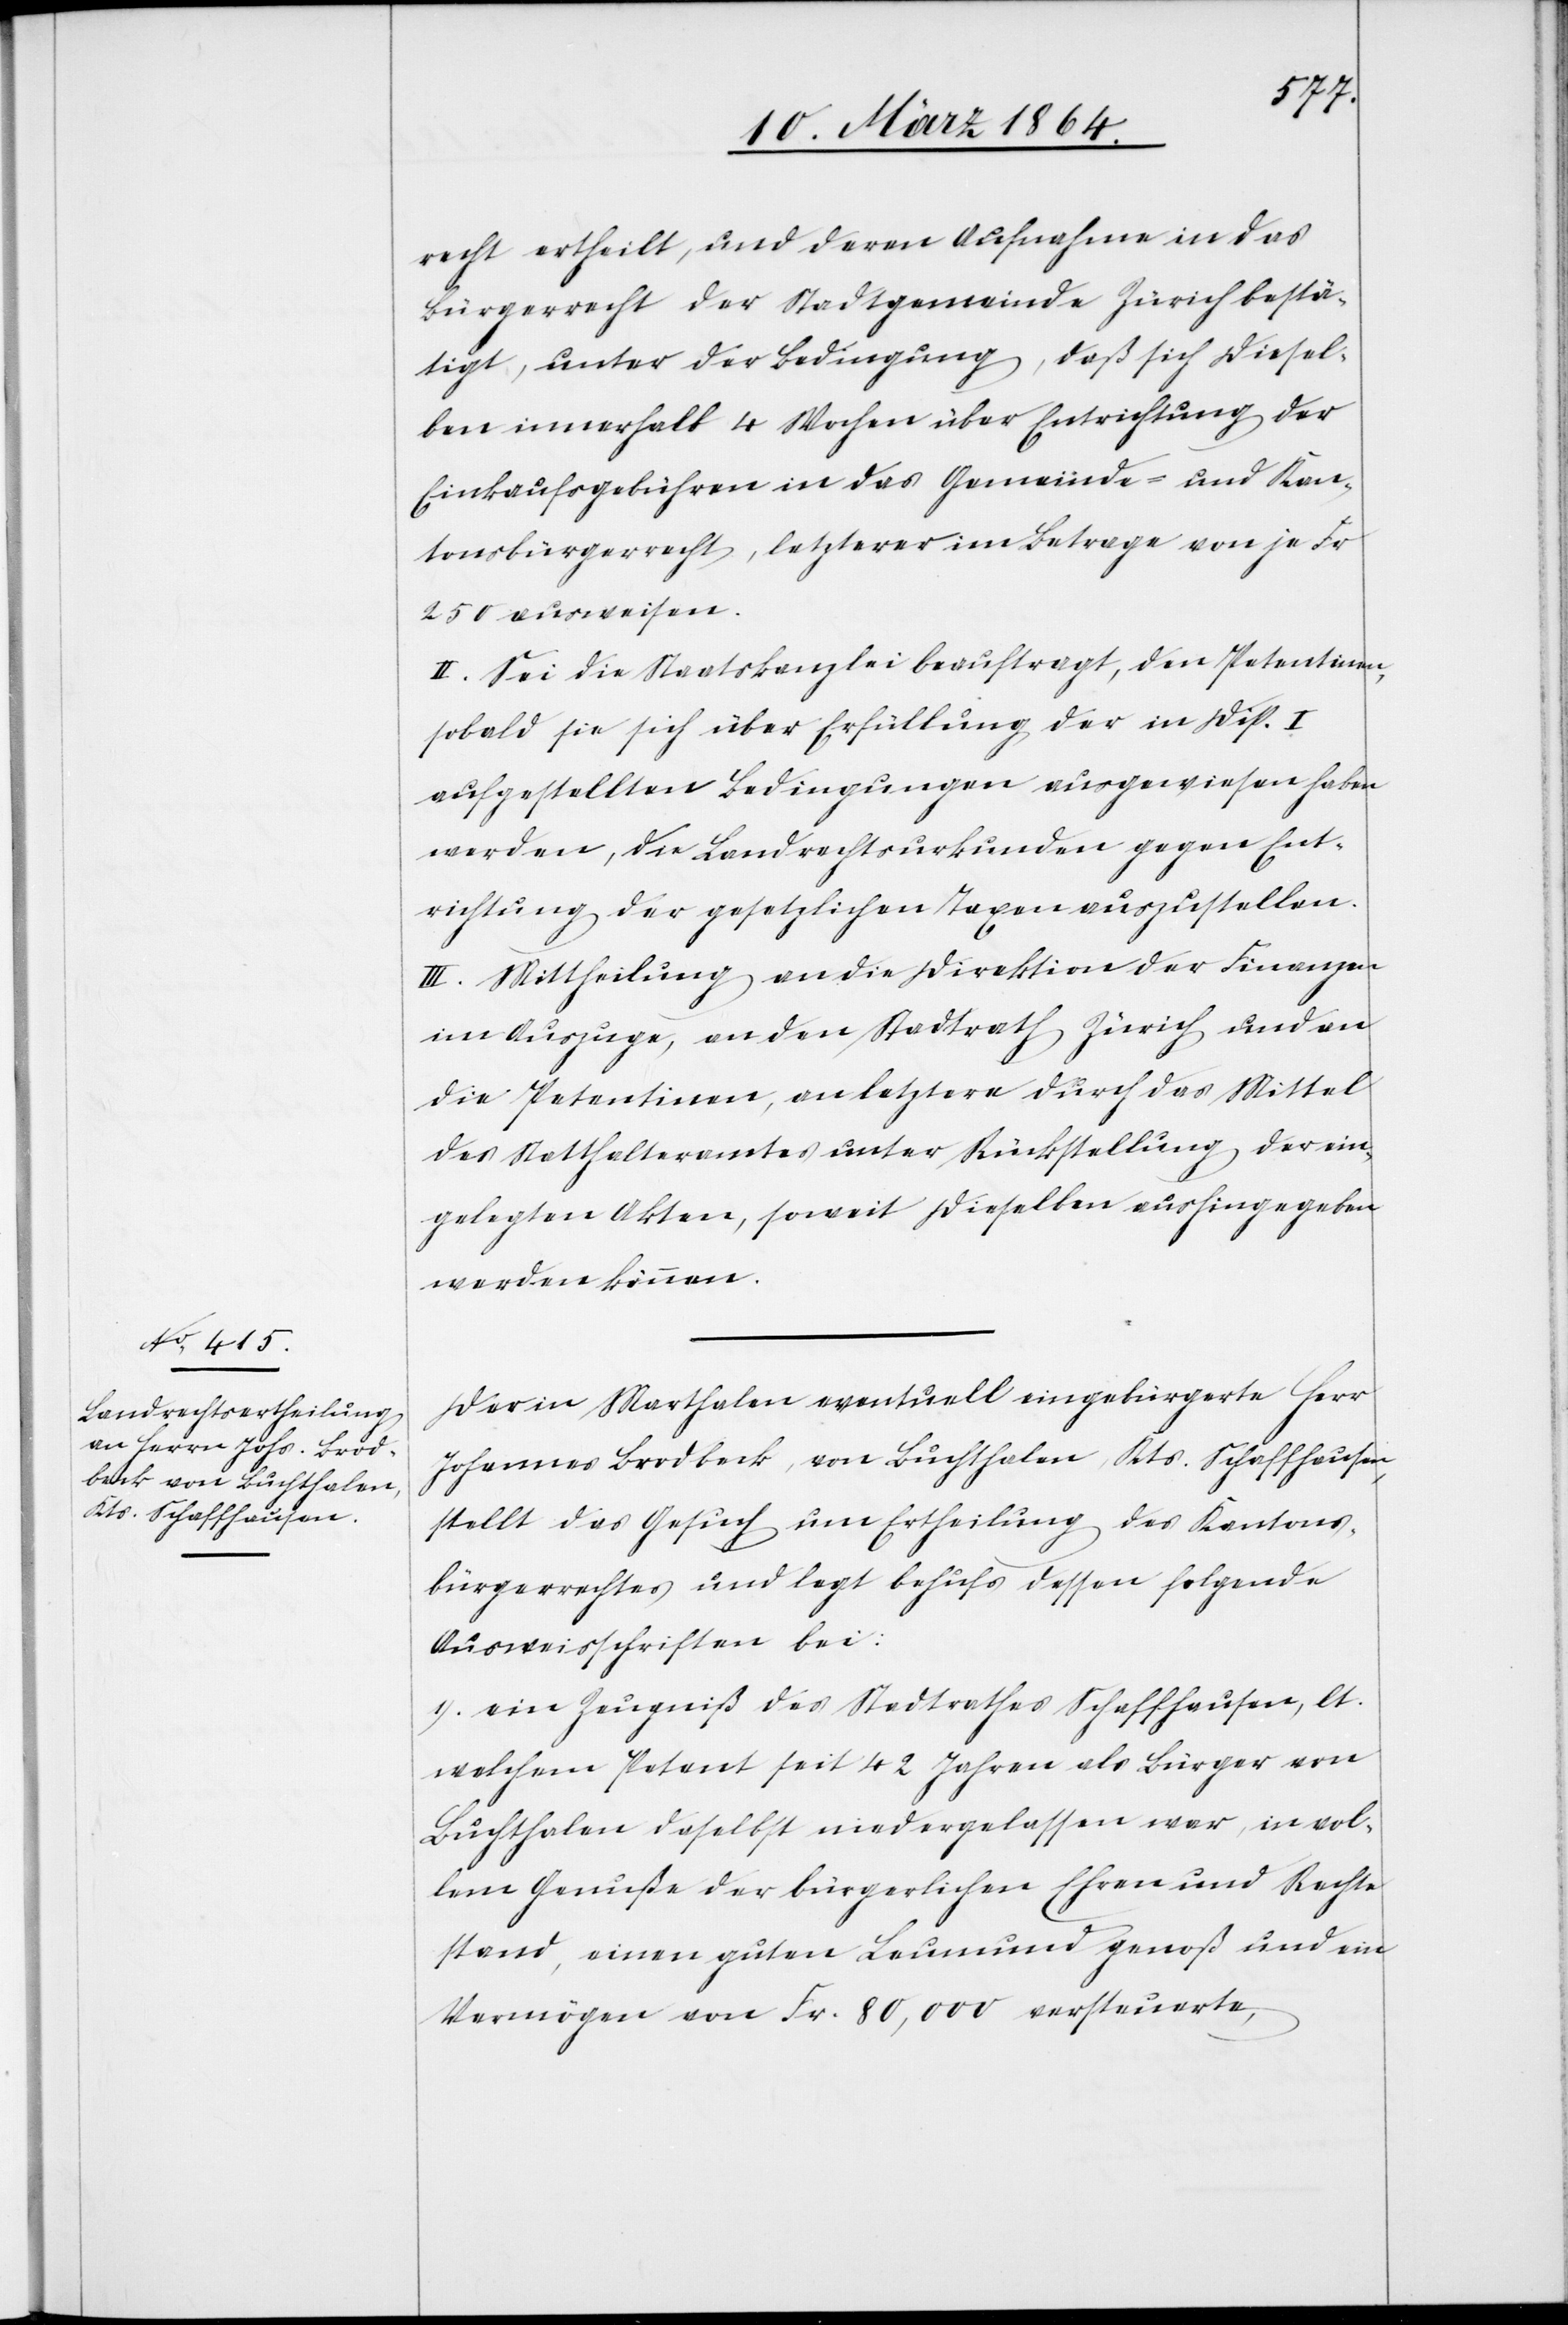
[sic!] ertheilt, und deren Aufnahme in das
Bürgerrecht der Stadtgemeinde Zürich bestä¬
tigt, unter der Bedingung, daß sich diesel¬
ben innerhalb 4 Wochen über Entrichtung der
Einkaufsgebühren in das Gemeinde- und Kan¬
tonsbürgerrecht, letzterer im Betrage von je Fr.
250 ausweisen.
II. Sei die Staatskanzlei beauftragt, den Petentinnen,
sobald sie sich über Erfüllung der in Disp. I
aufgestellten Bedingungen ausgewiesen haben
werden, die Landrechtsurkunden gegen Ent¬
richtung der gesetzlichen Taxen auszustellen.
III. Mittheilung an die Direktion der Finanzen
im Auszuge, an den Stadtrath Zürich und an
die Petentinnen, an letztere durch das Mittel
des Statthalteramtes unter Rückstellung der ein¬
gelegten Akten, soweit dieselben aushingegeben
werden können.
Der in Marthalen eventuell eingebürgerte Herr
Johannes Brodbeck, von Buchthalen, Kts. Schaffhausen,
stellt das Gesuch um Ertheilung des Kantons¬
bürgerrechtes und legt behufs dessen folgende
Ausweisschriften bei:
1.) ein Zeugniß des Stadtrathes Schaffhausen, lt.
welchem Petent seit 42 Jahren als Bürger von
Buchthalen daselbst niedergelassen war, in vol¬
lem Genuße der bürgerlichen Ehren und Rechte
stand, einen guten Leumund genoß und ein
Vermögen von Fr. 80,000 versteuerte,